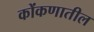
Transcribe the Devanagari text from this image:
कोंकणातील